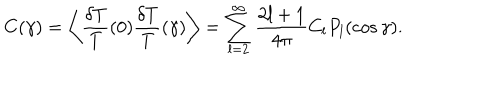
C ( \gamma ) = \left\langle \frac { \delta T } { T } ( 0 ) \frac { \delta T } { T } ( \gamma ) \right\rangle = \sum _ { l = 2 } ^ { \infty } \frac { 2 l + 1 } { 4 \pi } C _ { l } P _ { l } ( \cos \gamma ) .